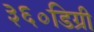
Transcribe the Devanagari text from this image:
३६०डिग्री